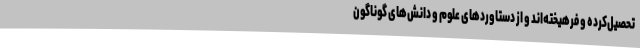
تحصیل‌کرده‌ و فرهیخته‌اند و از دستاوردهای علوم و دانش‌های گوناگون